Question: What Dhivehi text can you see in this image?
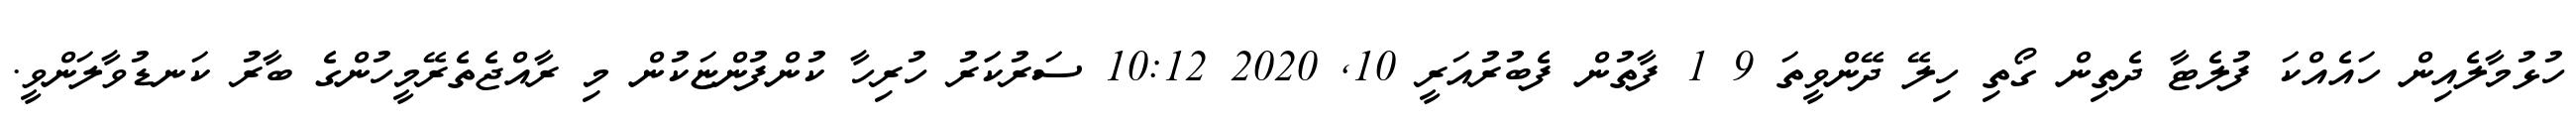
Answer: ހުޅުމާލެއިން ހައެއްކަ ފުލެޓާ ދެތިން ގޯތި ހިލޭ ދޭންވީތަ 9 1 ފާތުން ފެބުރުއަރީ 10, 2020 10:12 ސަރުކަަރު ހުރިހާ ކުންފުންޏަކުން މި ރާއްޖެތެރޭމީހުންގެ ބާރު ކަނޑުވާލަންވީ.